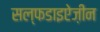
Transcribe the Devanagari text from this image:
सल्फडाइऐज़ीन